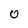
Character: 0